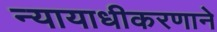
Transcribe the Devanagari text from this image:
न्यायाधीकरणाने